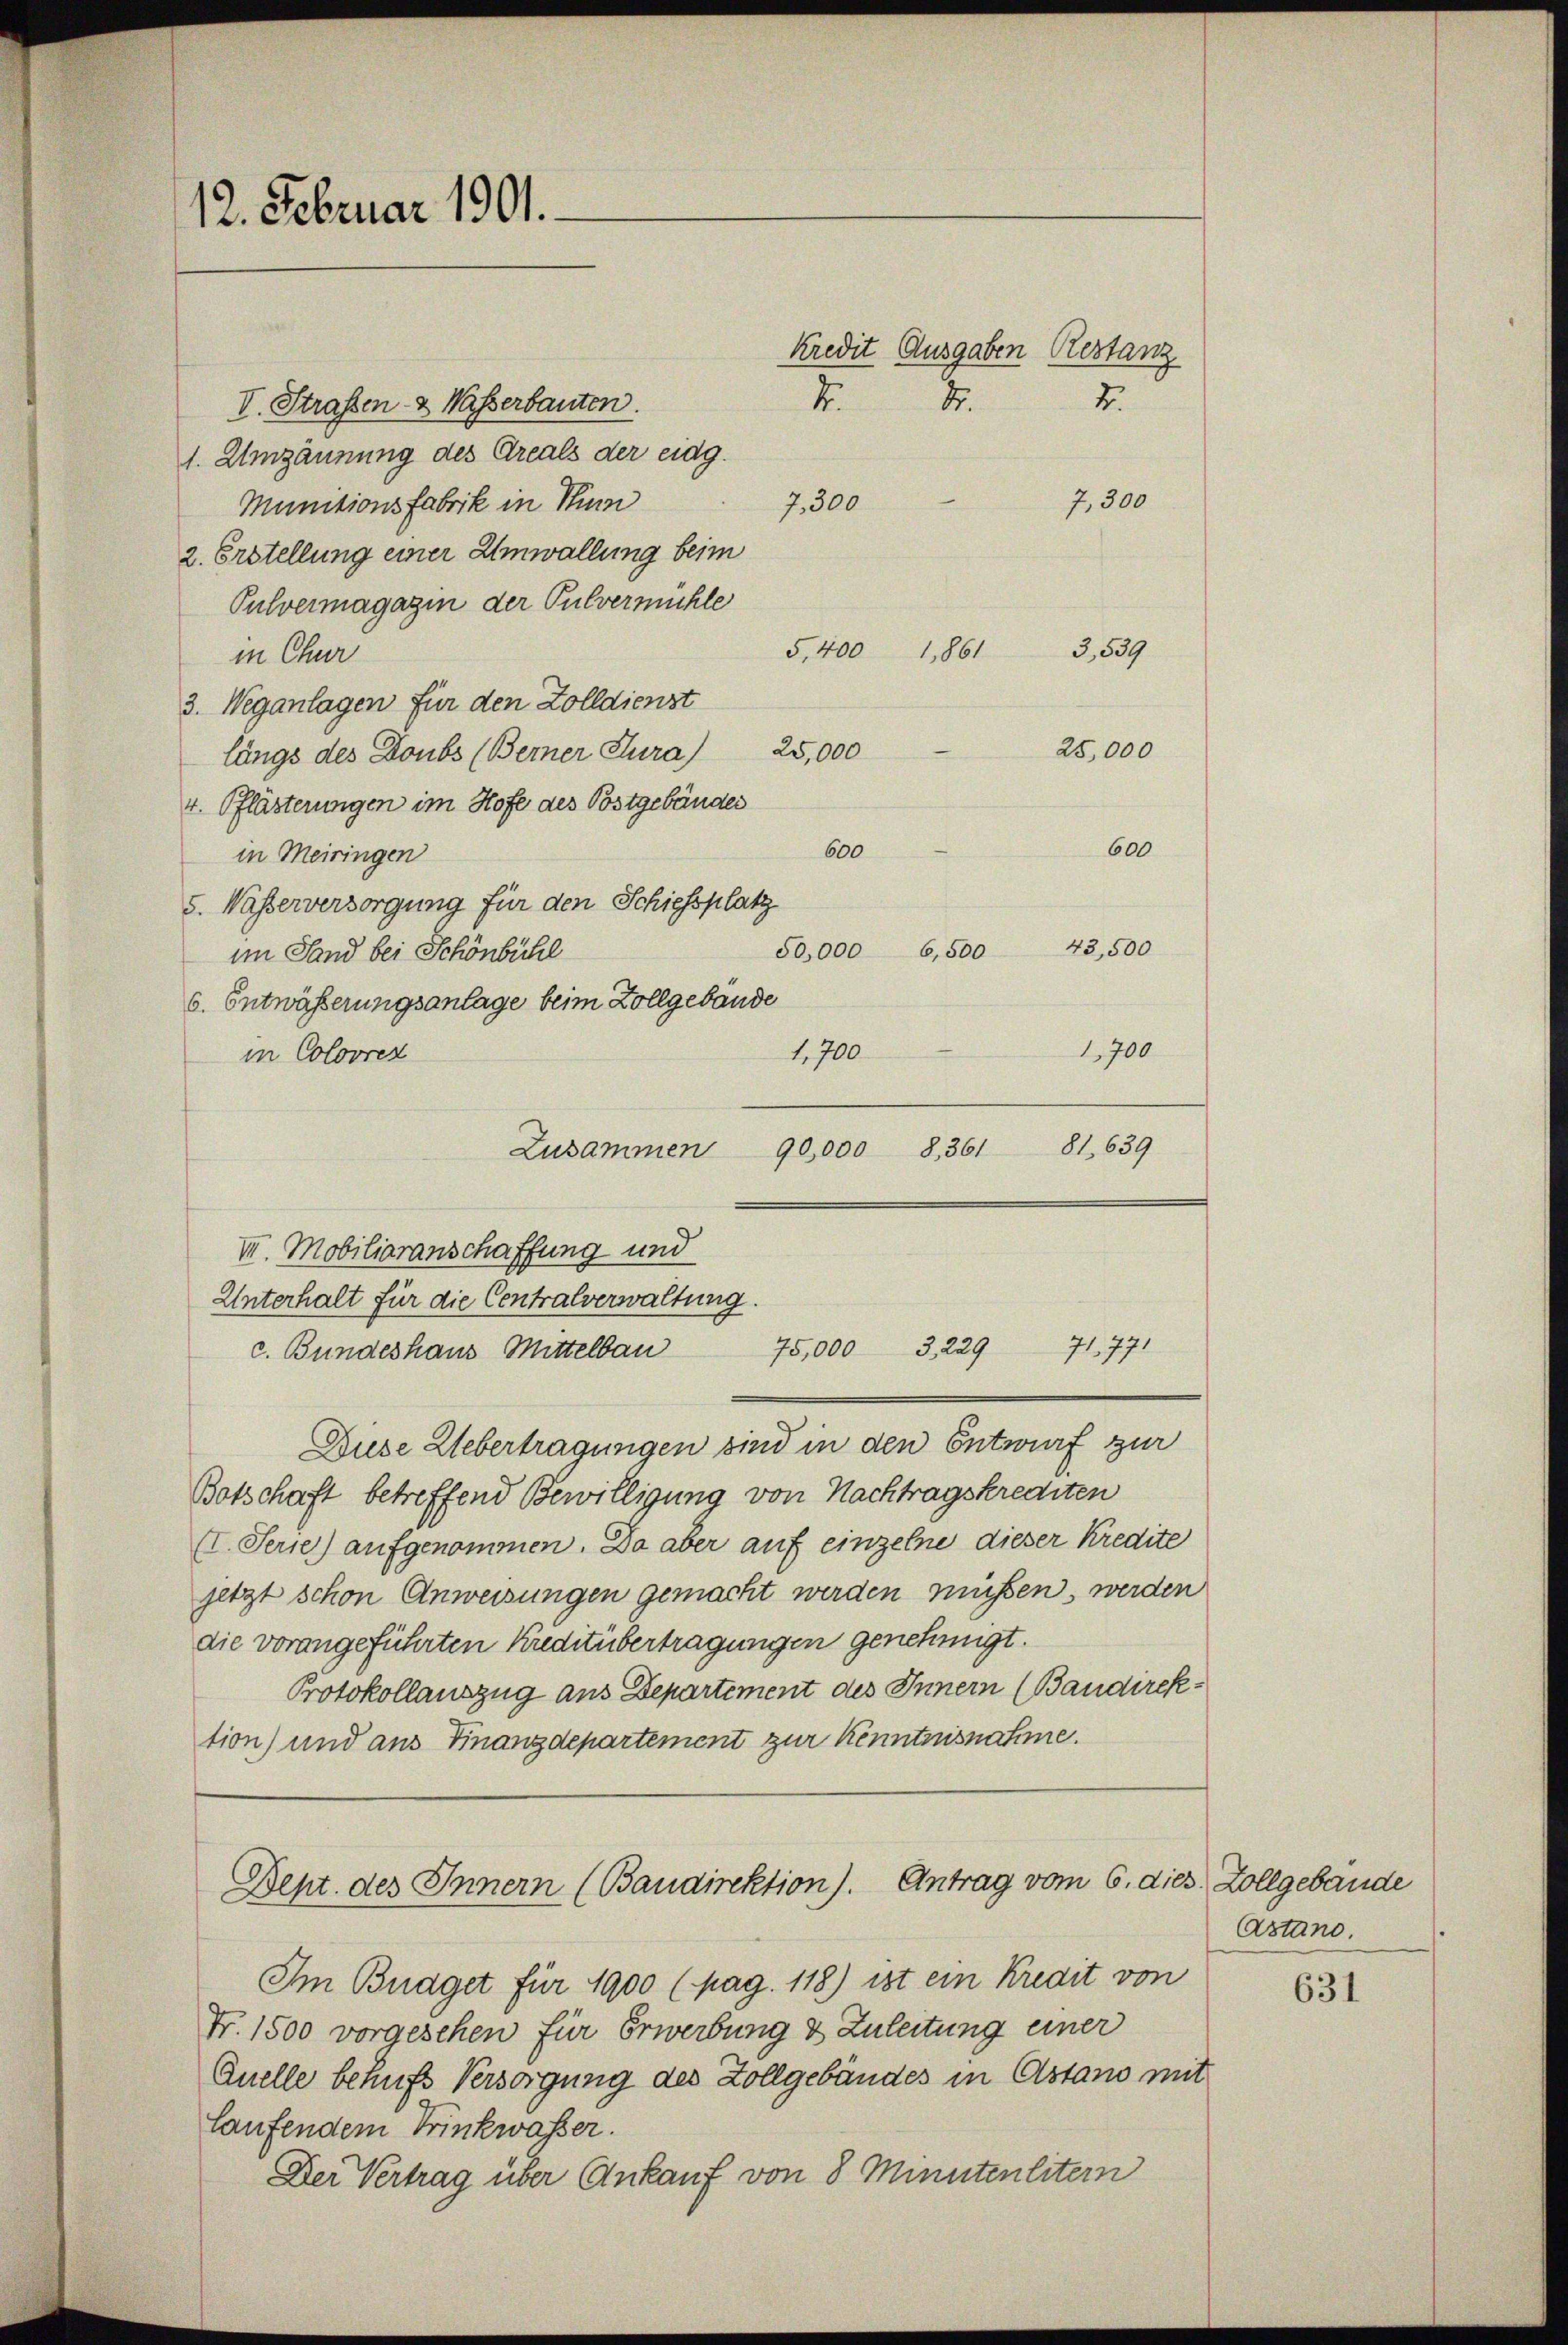
12. Februar 1901.

d
1.
V. Straßen- & Wasserbauten.
1. Umzäunung des Areals der eidg.
7,300
Munitionsfabrik in Thurn
7,300
2. Erstellung einer Umwallung beim
Pulvermagazin der Pulvermühle
5,400 1,861
3,539
in Chur
3. Weganlagen für den Zolldienst
längs des Doubs (Berner Jura) 25,000 - 25,000
v. Pflästerungen im Hofe des Postgebäuden
600
600
in Meiringen
5. Wasserversorgung für den Schiessplatz
50,000 6,500
im Sand bei Schönbühl
6. Entwäßerungsanlage beim Zollgebäude
1,700
in Colovrez
81. 639
Zusammen
90,000 8,361
VII. Mobiliaranschaffung und
Unterhalt für die Centralverwaltung.
71. 771
75,000 3,229
c. Bundeshaus Mittelbau
Buse Uebertragungen sind in den Entwurf zur
Botschaft betreffend Bewilligung von Nachtragskrediten
II. Serie) aufgenommen. Da aber auf einzelne dieser Kredite
jetzt schon Anweisungen gemacht werden müssen, werden
die vorangeführten Kreditübertragungen genehmigt.
Protokollauszug aus Departement des Innern (Baudirektion) und aus Finanzdepartement zur Kenntnisnahme.

Kredit Ausgaben Restanz

2.

43,500
1,700

Bept. des Innern (Baudirektion). Antrag vom 6. dies Zollgebäude

Im Budget für 1900 (pag. 118) ist ein Kredit von
Fr. 1500 vorgesehen für Erwerbung & Zuleitung einer
Quelle behufs Versorgung des Zollgebäudes in Astano mit
laufendem Trinkwasser.
Der Vertrag über Ankauf von 8 Minutenlitern

Astand.

631